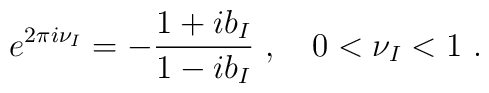
e^{2\pi i \nu_{I}}=-\frac{1+ib_{I}}{1-ib_{I}}~,\quad 0< \nu_{I} < 1~.